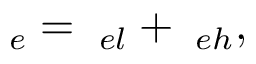
{ \bf \Pi } _ { e } = { \bf \Pi } _ { e l } + { \bf \Pi } _ { e h } ,